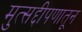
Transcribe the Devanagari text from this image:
मुत्सद्दीपणातून